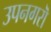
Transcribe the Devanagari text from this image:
उपनगरॊ